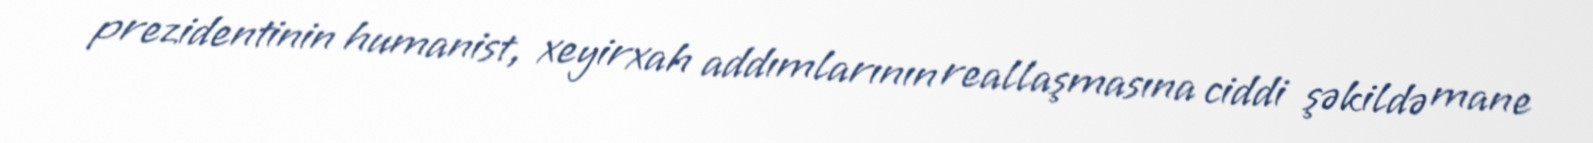
prezidentinin humanist, xeyirxah addımlarının reallaşmasına ciddi şəkildə mane